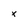
Character: x